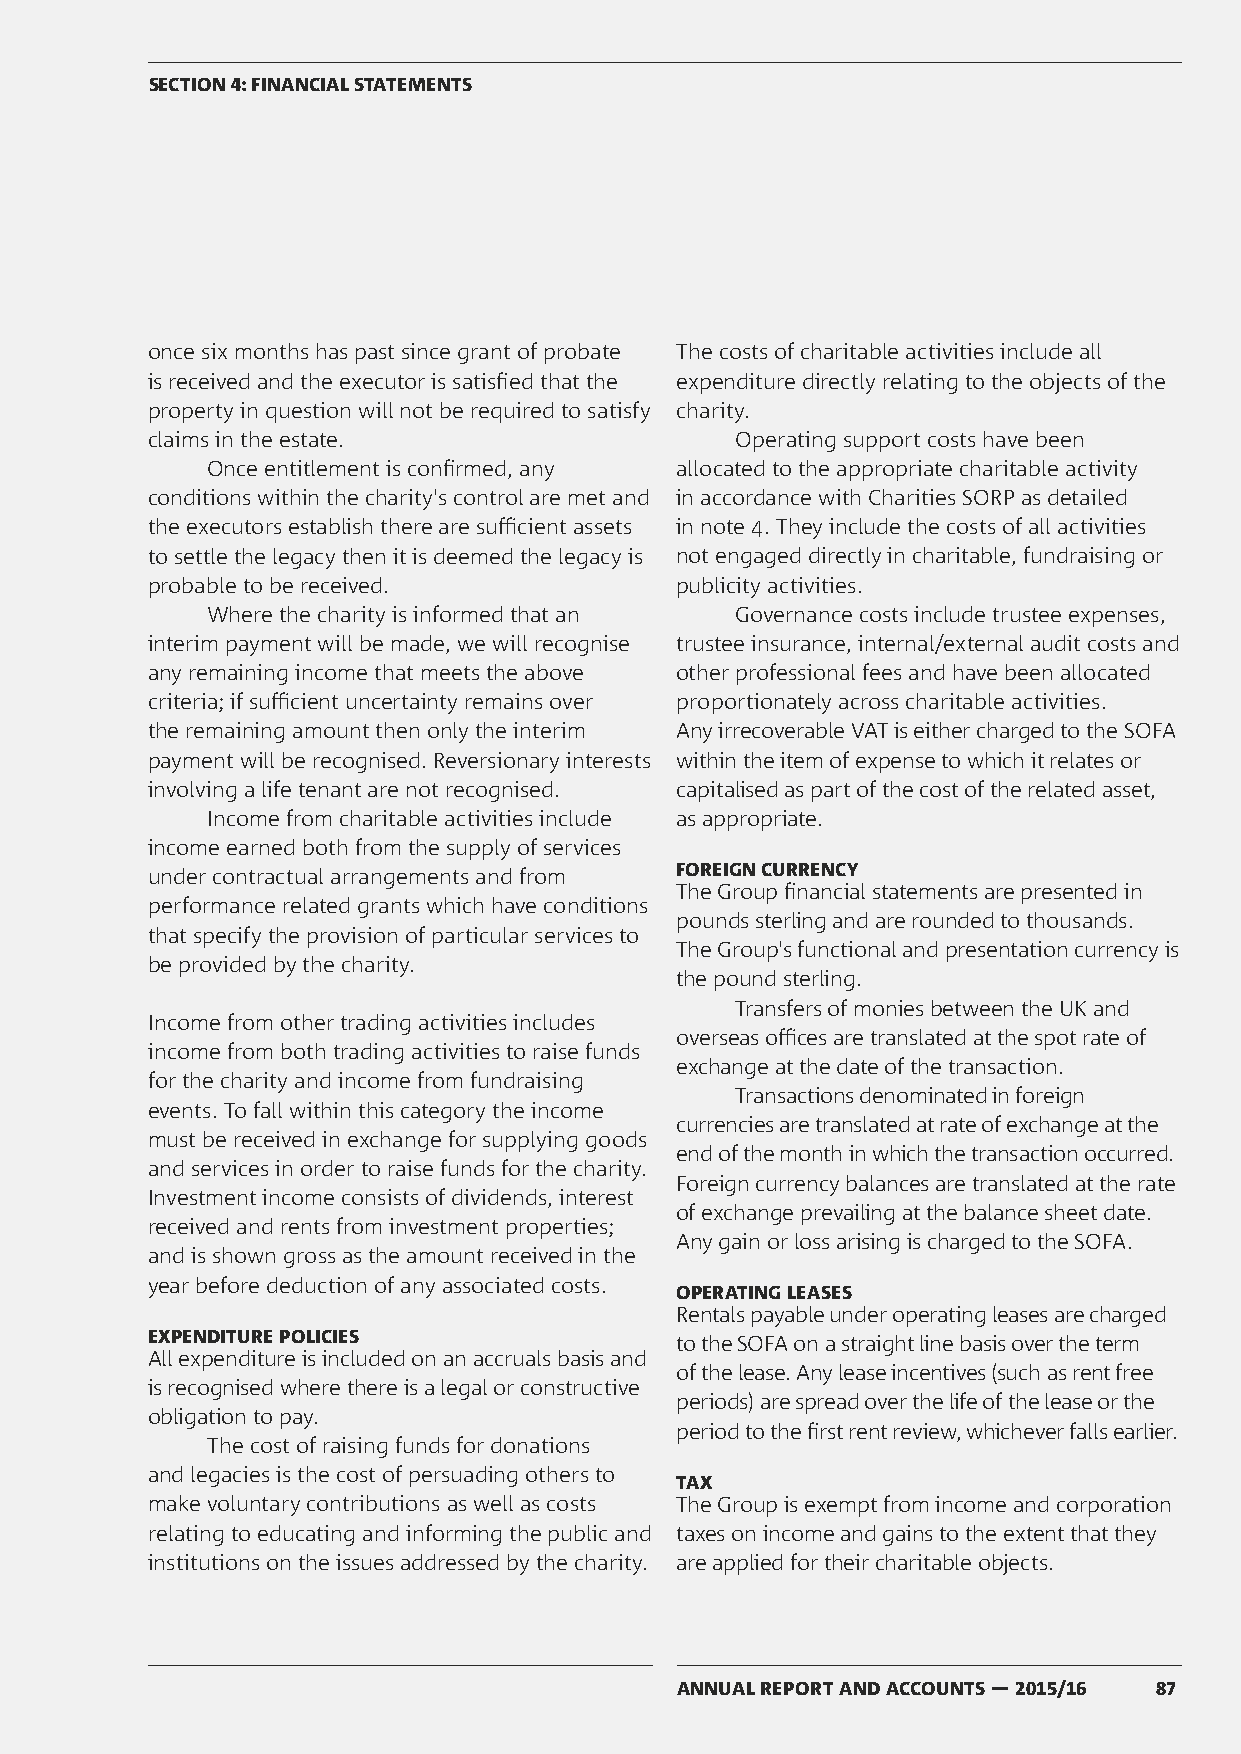
SECTION 4: FINANCIAL STATEMENTS
 once six months has past since grant of probate The costs of charitable activities include all
 is received and the executor is satisfied that the expenditure directly relating to the objects of the
 property in question will not be required to satisfy charity.
 claims in the estate.                  Operating support costs have been
 Once entitlement is confirmed, any allocated to the appropriate charitable activity
 conditions within the charity's control are met and in accordance with Charities SORP as detailed
 the executors establish there are sufficient assets in note 4. They include the costs of all activities
 to settle the legacy then it is deemed the legacy is not engaged directly in charitable, fundraising or
 probable to be received.           publicity activities.
 Where the charity is informed that an Governance costs include trustee expenses,
 interim payment will be made, we will recognise trustee insurance, internal/external audit costs and
 any remaining income that meets the above other professional fees and have been allocated
 criteria; if sufficient uncertainty remains over proportionately across charitable activities.
 the remaining amount then only the interim Any irrecoverable VAT is either charged to the SOFA
 payment will be recognised. Reversionary interests within the item of expense to which it relates or
 involving a life tenant are not recognised. capitalised as part of the cost of the related asset,
 Income from charitable activities include as appropriate.
 income earned both from the supply of services
 under contractual arrangements and from FOREIGN CURRENCY
 The Group financial statements are presented in
 performance related grants which have conditions
 pounds sterling and are rounded to thousands.
 that specify the provision of particular services to
 The Group's functional and presentation currency is
 be provided by the charity.
 the pound sterling.
 Transfers of monies between the UK and
 Income from other trading activities includes
 overseas offices are translated at the spot rate of
 income from both trading activities to raise funds
 exchange at the date of the transaction.
 for the charity and income from fundraising
 Transactions denominated in foreign
 events. To fall within this category the income
 currencies are translated at rate of exchange at the
 must be received in exchange for supplying goods
 end of the month in which the transaction occurred.
 and services in order to raise funds for the charity.
 Foreign currency balances are translated at the rate
 Investment income consists of dividends, interest
 of exchange prevailing at the balance sheet date.
 received and rents from investment properties;
 Any gain or loss arising is charged to the SOFA.
 and is shown gross as the amount received in the
 year before deduction of any associated costs.
 OPERATING LEASES
 Rentals payable under operating leases are charged
 EXPENDITURE POLICIES               to the SOFA on a straight line basis over the term
 All expenditure is included on an accruals basis and
 of the lease. Any lease incentives (such as rent free
 is recognised where there is a legal or constructive
 periods) are spread over the life of the lease or the
 obligation to pay.
 period to the first rent review, whichever falls earlier.
 The cost of raising funds for donations
 and legacies is the cost of persuading others to
 TAX
 make voluntary contributions as well as costs The Group is exempt from income and corporation
 relating to educating and informing the public and taxes on income and gains to the extent that they
 institutions on the issues addressed by the charity. are applied for their charitable objects.
 ANNUAL REPORT AND ACCOUNTS — 2015/16 87